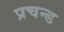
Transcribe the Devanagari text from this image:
प्रचन्ड